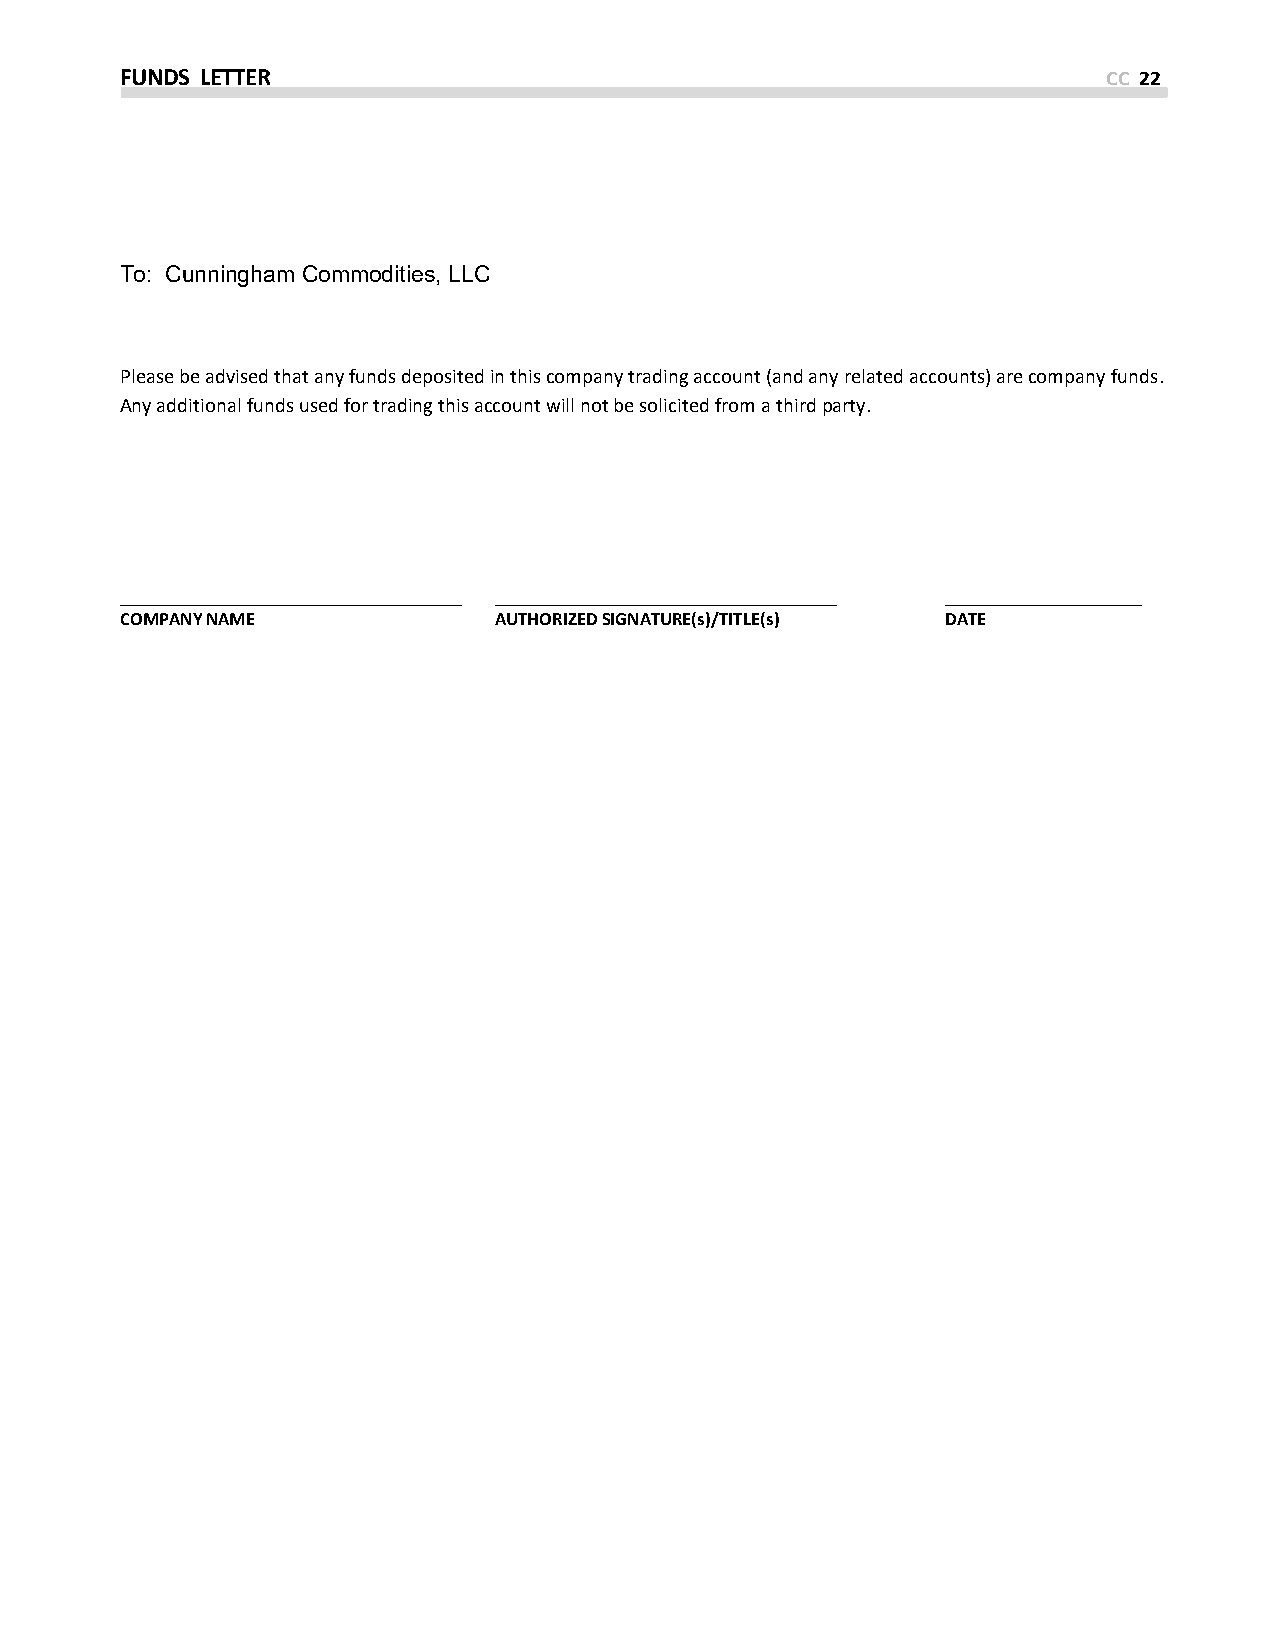
FUNDS LETTER                                                     CC 22
 To: Cunningham Commodities, LLC
 Please be advised that any funds deposited in this company trading account (and any related accounts) are company funds.
 Any additional funds used for trading this account will not be solicited from a third party.
 COMPANY NAME             AUTHORIZED SIGNATURE(s)/TITLE(s) DATE